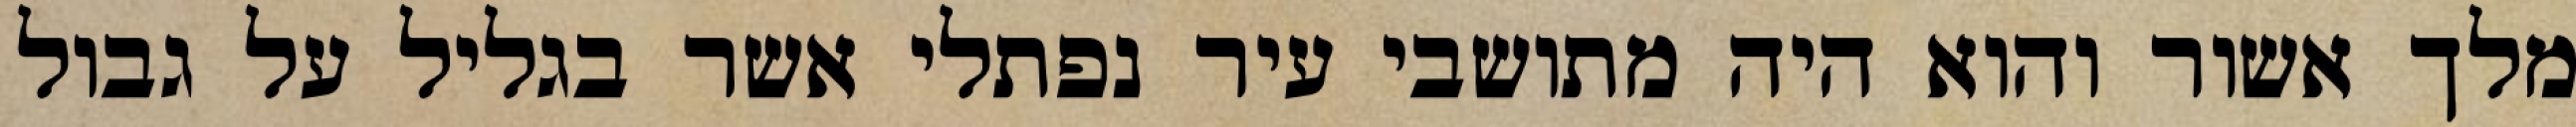
מלך אשור והוא היה מתושבי עיר נפתלי אשר בגליל על גבול